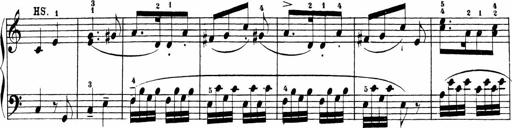
Title: Sonatinen Op.47, 98 und 136, nebst 6 Liedersonatinen
Composer: Carl Reinecke